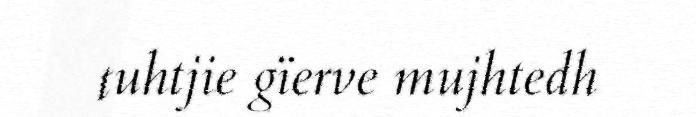
tuhtjie gïerve mujhtedh